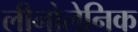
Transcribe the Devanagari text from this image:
लीनोलेनिक